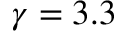
\gamma = 3 . 3